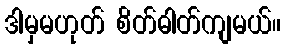
ဒါမှမဟုတ် စိတ်ဓါတ်ကျမယ်။